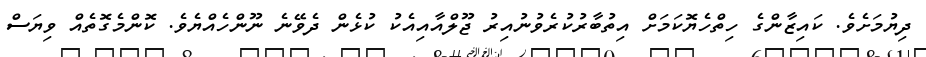
ދިޔުމަށެވެ. ކައިޒާންގެ ހިތްހެޔޮކަމަށް އިތުބާރުކުރެވުނުއިރު ޖޫލްއާއިއެކު ކުޅެން ދެވޭނެ ނޫންހެއްޔެވެ. ކޮންމެގޮތެއް ވިޔަސް